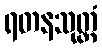
ရတနသုတ္တံ